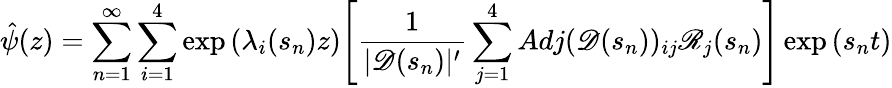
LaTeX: \hat{\psi}(z)=\sum_{n=1}^{\infty}\sum_{i=1}^{4}\exp{(\lambda_{i}(s_{n})z)}\Bigg[\frac{1}{|\mathscr{D}(s_{n})|^{\prime}}\sum_{j=1}^{4}Adj(\mathscr{D}(s_{n}))_{ij}\mathscr{R}_{j}(s_{n})\Bigg]\exp{(s_{n}t)}